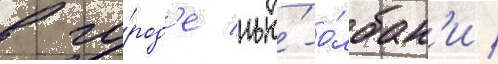
в го́род'е нью́-о́лбан'и /